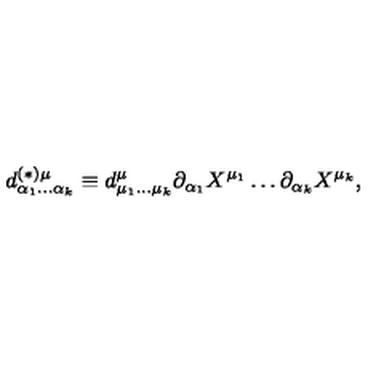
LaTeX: d _ { \alpha _ { 1 } \ldots \alpha _ { k } } ^ { ( \ast ) \mu } \equiv d _ { \mu _ { 1 } \ldots \mu _ { k } } ^ { \mu } \partial _ { \alpha _ { 1 } } X ^ { \mu _ { 1 } } \ldots \partial _ { \alpha _ { k } } X ^ { \mu _ { k } } ,